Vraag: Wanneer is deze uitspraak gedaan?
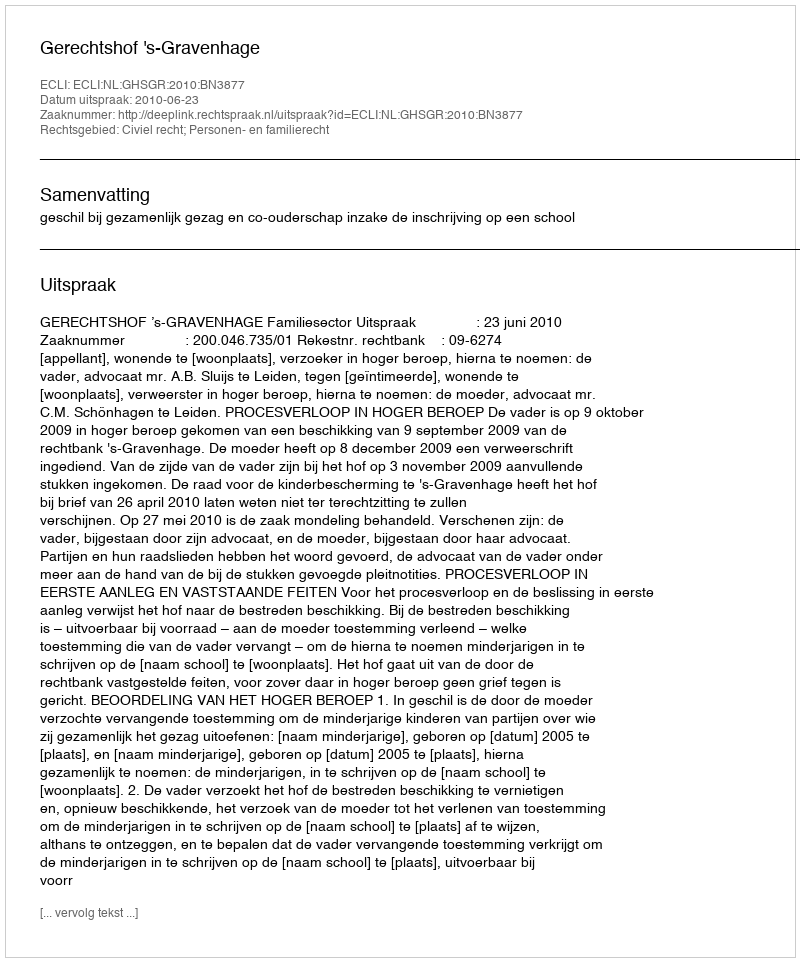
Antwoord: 2010-06-23